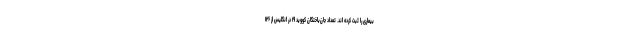
بیماری را ثبت کرده اند. تعداد جان‌باختگان کووید ۱۹ در انگلیس از ۱۲۶